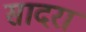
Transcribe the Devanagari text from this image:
सादरा